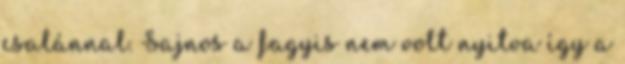
csalánnal. Sajnos a fagyis nem volt nyitva így a